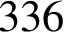
3 3 6